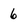
Character: 6